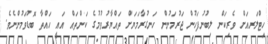
ހިޓްލަރއަށް ވެރިކަން ލިބުނުފަހުން ޖަރުމަނުން ހަނގުރާމަޔަށް ތައްޔާރުވުމުގެ ކަންތައް އައީ ހައްތާ ބޮޑުވަމުންނެވެ.